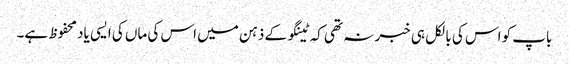
باپ کو اس کی بالکل ہی خبر نہ تھی کہ ٹینگو کے ذہن میں اس کی ماں کی ایسی یاد محفوظ ہے۔